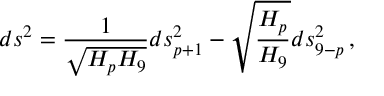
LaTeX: d s ^ { 2 } = { \frac { 1 } { \sqrt { H _ { p } H _ { 9 } } } } d s _ { p + 1 } ^ { 2 } - \sqrt { { \frac { H _ { p } } { H _ { 9 } } } } d s _ { 9 - p } ^ { 2 } \, ,